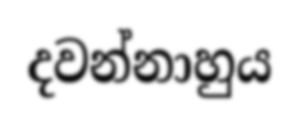
දවන්නාහුය